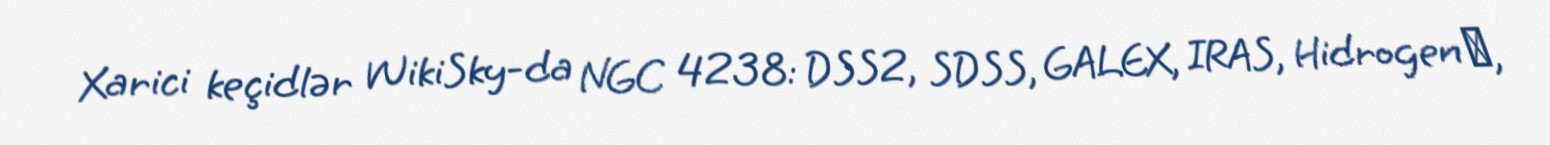
Xarici keçidlər WikiSky-da NGC 4238: DSS2, SDSS, GALEX, IRAS, Hidrogen α,